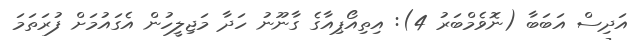
އަދިސް އަބަބާ (ނޮވެމްބަރު 4): އިތިއޯޕިއާގެ ގާނޫނު ހަދާ މަޖިލީހުން އެގައުމަށް ފުރަތަމަ